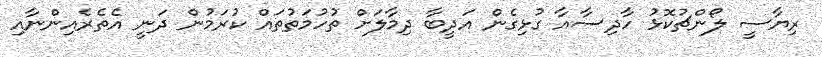
ރިޔާސީ ލޯންޗުކޮޅު ހާދިސާއާ ގުޅިގެން އަދީބާ ދިމާލަށް ތުހުމަތުތައް ކުރަމުން ދަނީ އެތެރެއިންނާއި